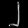
Digit: ၂